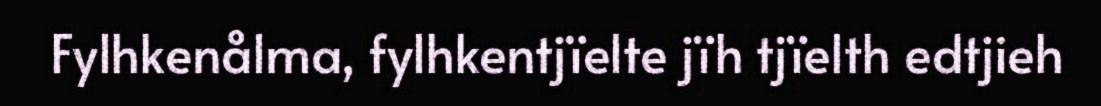
Fylhkenålma, fylhkentjïelte jïh tjïelth edtjieh